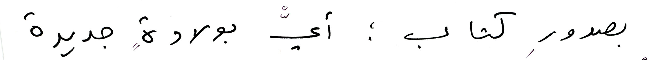
بصدورِ كتاب؛ أيّْ بولادةٍ جديدة